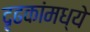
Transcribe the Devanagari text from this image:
दृढकांमध्ये